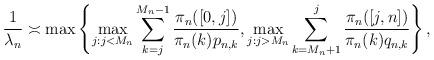
LaTeX: \begin{align*} \frac{1}{\lambda_n}\asymp\max\left\{\max_{j:j<M_n}\sum_{k=j}^{M_n-1}\frac{\pi_n([0,j])}{\pi_n(k)p_{n,k}}, \max_{j:j>M_n}\sum_{k=M_n+1}^j\frac{\pi_n([j,n])}{\pi_n(k)q_{n,k}}\right\},\end{align*}